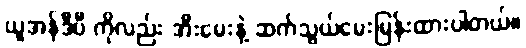
ယူအန်ဒီပီ ကိုလည်း အီးမေးနဲ့ ဆက်သွယ်မေးမြန်းထားပါတယ်။